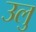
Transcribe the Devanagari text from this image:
उलु